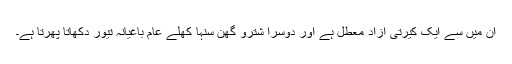
ان میں سے ایک کیرتی آزاد معطل ہے اور دوسرا شترو گھن سنہا کھلے عام باغیانہ تیور دکھاتا پھرتا ہے۔